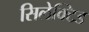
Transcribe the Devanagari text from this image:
सिलेक्टिड